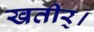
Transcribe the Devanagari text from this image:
खतीर्।